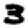
Digit: 3